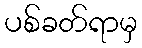
ပစ်ခတ်ရာမှ